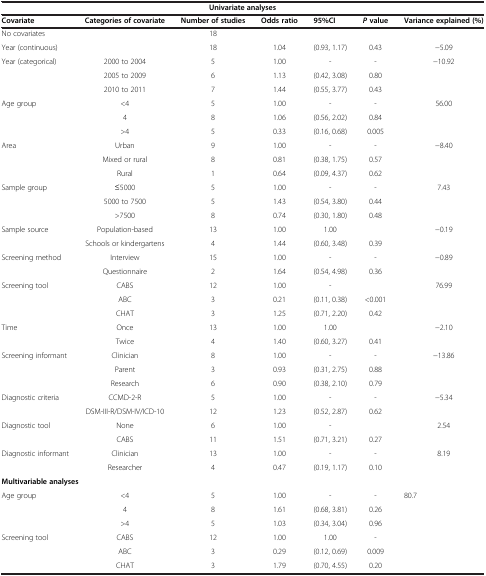
<table><thead><tr><td colspan="7"><b>Univariate analyses</b></td></tr><tr><td><b>Covariate</b></td><td><b>Categories of covariate</b></td><td><b>Number of studies</b></td><td><b>Odds ratio</b></td><td><b>95%CI</b></td><td><b><i>P </i>value</b></td><td><b>Variance explained (%)</b></td></tr></thead><tbody><tr><td>No covariates</td><td> </td><td>18</td><td> </td><td> </td><td> </td><td> </td></tr><tr><td>Year (continuous)</td><td> </td><td>18</td><td>1.04</td><td>(0.93, 1.17)</td><td>0.43</td><td>−5.09</td></tr><tr><td rowspan="3">Year (categorical)</td><td>2000 to 2004</td><td>5</td><td>1.00</td><td>-</td><td>-</td><td>−10.92</td></tr><tr><td>2005 to 2009</td><td>6</td><td>1.13</td><td>(0.42, 3.08)</td><td>0.80</td><td> </td></tr><tr><td>2010 to 2011</td><td>7</td><td>1.44</td><td>(0.55, 3.77)</td><td>0.43</td><td> </td></tr><tr><td rowspan="3">Age group</td><td>&lt;4</td><td>5</td><td>1.00</td><td>-</td><td>-</td><td>56.00</td></tr><tr><td>4</td><td>8</td><td>1.06</td><td>(0.56, 2.02)</td><td>0.84</td><td> </td></tr><tr><td>&gt;4</td><td>5</td><td>0.33</td><td>(0.16, 0.68)</td><td>0.005</td><td> </td></tr><tr><td rowspan="3">Area</td><td>Urban</td><td>9</td><td>1.00</td><td>-</td><td>-</td><td>−8.40</td></tr><tr><td>Mixed or rural</td><td>8</td><td>0.81</td><td>(0.38, 1.75)</td><td>0.57</td><td> </td></tr><tr><td>Rural</td><td>1</td><td>0.64</td><td>(0.09, 4.37)</td><td>0.62</td><td> </td></tr><tr><td rowspan="3">Sample group</td><td>≤5000</td><td>5</td><td>1.00</td><td>-</td><td>-</td><td>7.43</td></tr><tr><td>5000 to 7500</td><td>5</td><td>1.43</td><td>(0.54, 3.80)</td><td>0.44</td><td> </td></tr><tr><td>&gt;7500</td><td>8</td><td>0.74</td><td>(0.30, 1.80)</td><td>0.48</td><td> </td></tr><tr><td rowspan="2">Sample source</td><td>Population-based</td><td>13</td><td>1.00</td><td>1.00</td><td> </td><td>−0.19</td></tr><tr><td>Schools or kindergartens</td><td>4</td><td>1.44</td><td>(0.60, 3.48)</td><td>0.39</td><td> </td></tr><tr><td rowspan="2">Screening method</td><td>Interview</td><td>15</td><td>1.00</td><td>-</td><td>-</td><td>−0.89</td></tr><tr><td>Questionnaire</td><td>2</td><td>1.64</td><td>(0.54, 4.98)</td><td>0.36</td><td> </td></tr><tr><td rowspan="3">Screening tool</td><td>CABS</td><td>12</td><td>1.00</td><td>-</td><td> </td><td>76.99</td></tr><tr><td>ABC</td><td>3</td><td>0.21</td><td>(0.11, 0.38)</td><td>&lt;0.001</td><td> </td></tr><tr><td>CHAT</td><td>3</td><td>1.25</td><td>(0.71, 2.20)</td><td>0.42</td><td> </td></tr><tr><td rowspan="2">Time</td><td>Once</td><td>13</td><td>1.00</td><td>1.00</td><td> </td><td>−2.10</td></tr><tr><td>Twice</td><td>4</td><td>1.40</td><td>(0.60, 3.27)</td><td>0.41</td><td> </td></tr><tr><td rowspan="3">Screening informant</td><td>Clinician</td><td>8</td><td>1.00</td><td>-</td><td>-</td><td>−13.86</td></tr><tr><td>Parent</td><td>3</td><td>0.93</td><td>(0.31, 2.75)</td><td>0.88</td><td> </td></tr><tr><td>Research</td><td>6</td><td>0.90</td><td>(0.38, 2.10)</td><td>0.79</td><td> </td></tr><tr><td rowspan="2">Diagnostic criteria</td><td>CCMD-2-R</td><td>5</td><td>1.00</td><td>-</td><td>-</td><td>−5.34</td></tr><tr><td>DSM-III-R/DSM-IV/ICD-10</td><td>12</td><td>1.23</td><td>(0.52, 2.87)</td><td>0.62</td><td> </td></tr><tr><td rowspan="2">Diagnostic tool</td><td>None</td><td>6</td><td>1.00</td><td>-</td><td> </td><td>2.54</td></tr><tr><td>CABS</td><td>11</td><td>1.51</td><td>(0.71, 3.21)</td><td>0.27</td><td> </td></tr><tr><td rowspan="2">Diagnostic informant</td><td>Clinician</td><td>13</td><td>1.00</td><td>-</td><td>-</td><td>8.19</td></tr><tr><td>Researcher</td><td>4</td><td>0.47</td><td>(0.19, 1.17)</td><td>0.10</td><td> </td></tr><tr><td colspan="7"><b>Multivariable analyses</b></td></tr><tr><td rowspan="3">Age group</td><td>&lt;4</td><td>5</td><td>1.00</td><td>-</td><td>-</td><td rowspan="5">80.7</td></tr><tr><td>4</td><td>8</td><td>1.61</td><td>(0.68, 3.81)</td><td>0.26</td></tr><tr><td>&gt;4</td><td>5</td><td>1.03</td><td>(0.34, 3.04)</td><td>0.96</td></tr><tr><td rowspan="2">Screening tool</td><td>CABS</td><td>12</td><td>1.00</td><td>1.00</td><td>-</td></tr><tr><td>ABC</td><td>3</td><td>0.29</td><td>(0.12, 0.69)</td><td>0.009</td></tr><tr><td> </td><td>CHAT</td><td>3</td><td>1.79</td><td>(0.70, 4.55)</td><td>0.20</td><td> </td></tr></tbody></table>